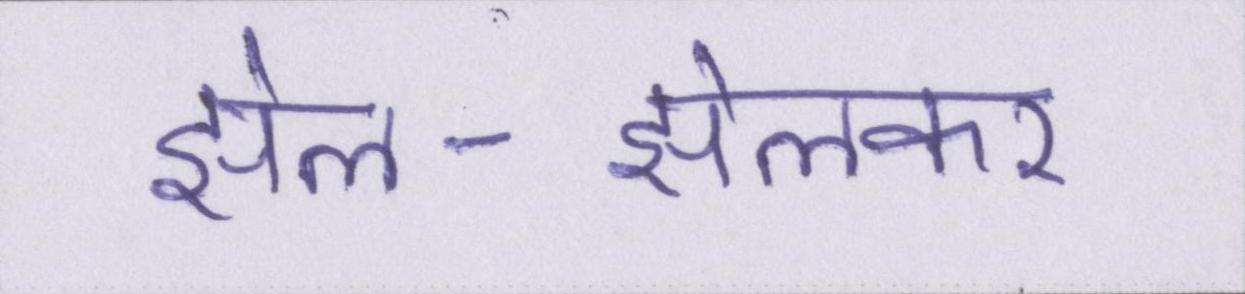
झेल-झेलकर